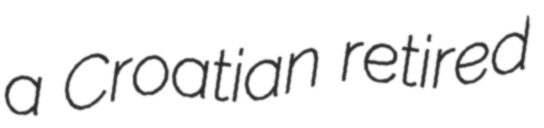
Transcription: a Croatian retired